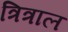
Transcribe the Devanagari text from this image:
त्रित्राल